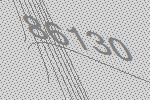
86130